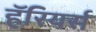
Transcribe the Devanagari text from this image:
हॅरियर्स